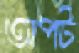
অপট